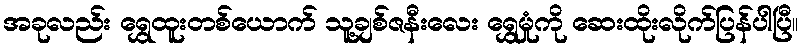
အခုလည်း ရွှေထူးတစ်ယောက် သူ့ချစ်ဇနီးလေး ရွှေမှုံကို ဆေးထိုးလိုက်ပြန်ပါပြီ။